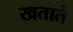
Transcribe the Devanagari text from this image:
खताते